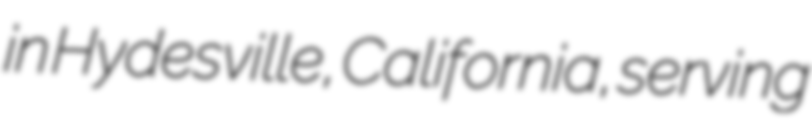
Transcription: in Hydesville, California, serving